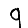
Digit: 9